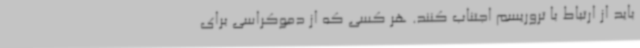
باید از ارتباط با تروریسم اجتناب کنند. هر کسی که از دموکراسی برای